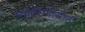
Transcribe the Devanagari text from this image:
महारिणीसाठी